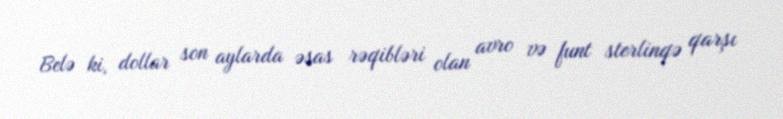
Belə ki, dollar son aylarda əsas rəqibləri olan avro və funt sterlinqə qarşı